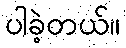
ပါခဲ့တယ်။